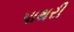
પાથરી